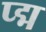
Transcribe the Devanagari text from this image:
प्द्म